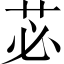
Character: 苾